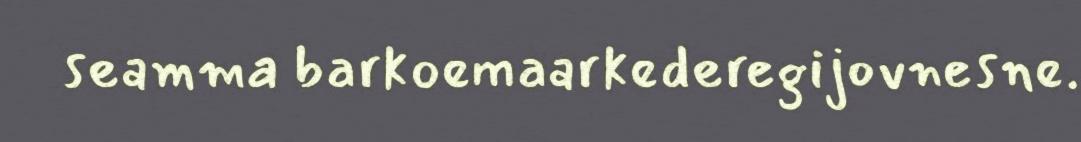
seamma barkoemaarkederegijovnesne.